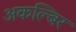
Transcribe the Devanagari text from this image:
अकल्बिर